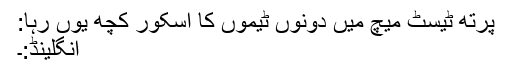
پرتھ ٹیسٹ میچ میں دونوں ٹیموں کا اسکور کچھ یوں رہا:
انگلینڈ:۔